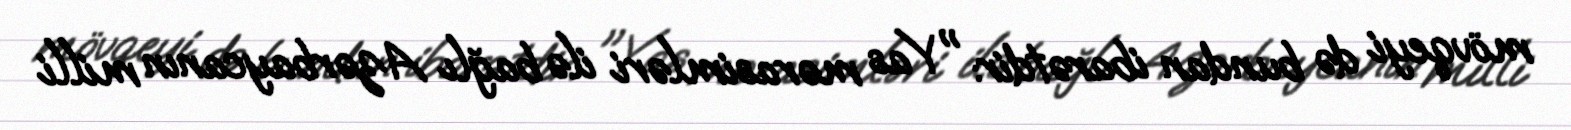
mövqeyi də bundan ibarətdir: "Yas mərasimləri ilə bağlı Azərbaycanın milli